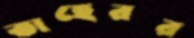
তাহেরর